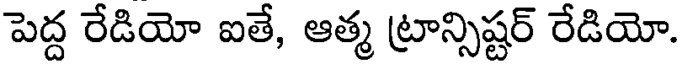
పెద్ద రేడియో ఐతే, ఆత్మ ట్రాన్సిష్టర్ రేడియో.